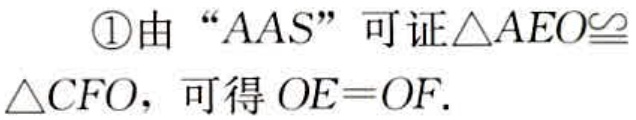
\textcircled{1}由 “AAS” 可证$\triangle AEO\cong\triangle CFO$，可得$OE = OF$.